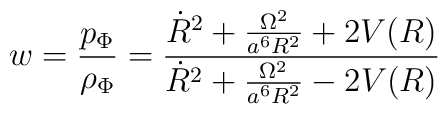
w =\frac{p_\Phi}{\rho_\Phi}=\frac{\dot{R}^{2}+\frac{\Omega^{2}}{a^{6}R^{2}}+2V(R)}{\dot{R}^{2}+\frac{\Omega^{2}}{a^{6}R^{2}}-2V(R)}